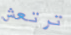
ترتعش